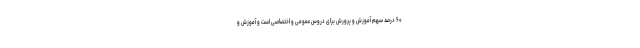
۶۰ درصد سهم آموزش و پرورش برای دروس عمومی و اختصاصی است و آموزش و